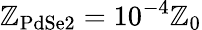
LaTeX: \mathbb{Z}_{\mathrm{{PdSe2}}}=10^{-4}\mathbb{Z}_{0}